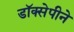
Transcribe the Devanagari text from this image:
डॉक्सेपीने